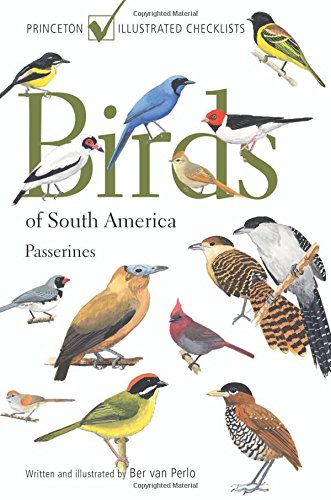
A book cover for Birds of South America: Passerines (Princeton Illustrated Checklists); Ber van Perlo; Science & Math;